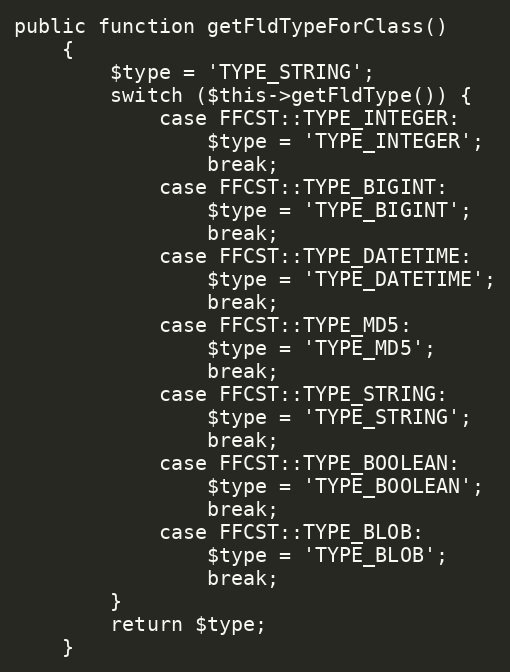
Language: PHP
public function getFldTypeForClass()
    {
        $type = 'TYPE_STRING';
        switch ($this->getFldType()) {
            case FFCST::TYPE_INTEGER:
                $type = 'TYPE_INTEGER';
                break;
            case FFCST::TYPE_BIGINT:
                $type = 'TYPE_BIGINT';
                break;
            case FFCST::TYPE_DATETIME:
                $type = 'TYPE_DATETIME';
                break;
            case FFCST::TYPE_MD5:
                $type = 'TYPE_MD5';
                break;
            case FFCST::TYPE_STRING:
                $type = 'TYPE_STRING';
                break;
            case FFCST::TYPE_BOOLEAN:
                $type = 'TYPE_BOOLEAN';
                break;
            case FFCST::TYPE_BLOB:
                $type = 'TYPE_BLOB';
                break;
        }
        return $type;
    }